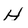
Character: H